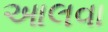
આલવા